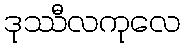
ဒုဿီလကုလေ